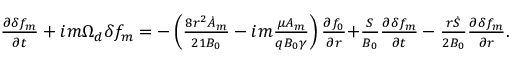
\begin{array} { r } { \frac { \partial \delta f _ { m } } { \partial t } + { i m \Omega _ { d } \delta f _ { m } } = { - \left( \frac { 8 r ^ { 2 } \dot { A } _ { m } } { 2 1 B _ { 0 } } - i m \frac { \mu A _ { m } } { q B _ { 0 } \gamma } \right) \frac { \partial f _ { 0 } } { \partial r } } { + \frac { S } { B _ { 0 } } \frac { \partial \delta f _ { m } } { \partial t } } - \frac { r \dot { S } } { 2 B _ { 0 } } \frac { \partial \delta f _ { m } } { \partial r } . } \end{array}